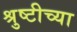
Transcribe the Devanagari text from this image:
श्रुष्टीच्या